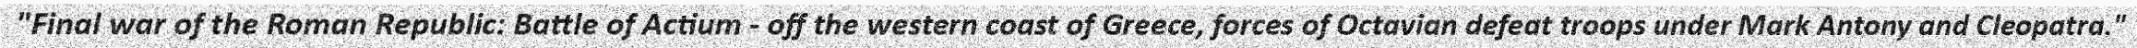
"Final war of the Roman Republic: Battle of Actium - off the western coast of Greece, forces of Octavian defeat troops under Mark Antony and Cleopatra."